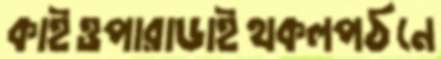
কাইওপারাডাইথকলপঠনে